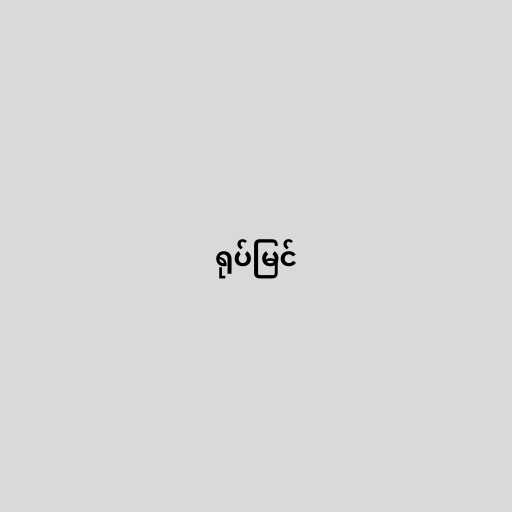
ရုပ်မြင်